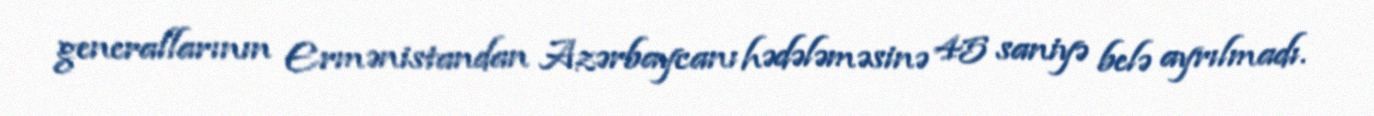
generallarının Ermənistandan Azərbaycanı hədələməsinə 45 saniyə belə ayrılmadı.